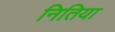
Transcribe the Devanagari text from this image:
नितिया